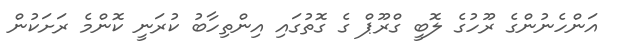
އަންހެނުންގެ ރޫހުގެ ލޮބީ ގްރޫޕް ގެ ގޮތުގައި އިންތިހާބު ކުރަނީ ކޮންމެ ރަށަކުން